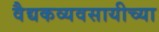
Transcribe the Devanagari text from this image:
वैद्यकव्यवसायीच्या